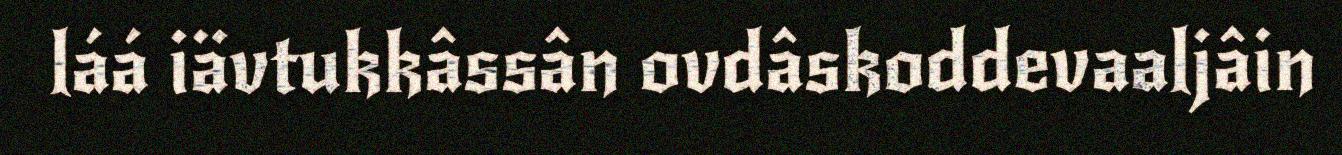
láá iävtukkâssân ovdâskoddevaaljâin